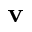
\mathbf v